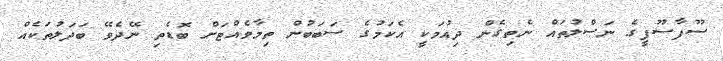
ސޫފާސޫފީގެ ނަސްލުތައް ނެތިގެން ދިއުމަކީ އެކަމުގެ ސަބަބުން ތިމާވެއްޓަށް ބޮޑެތި ނޭދެވޭ ބަދަލުތަކެއް